Bréfritari: Jóhannes Sigurðsson
Dagsetning: A-1888-04-01
Skrifað á: Vesturheimi

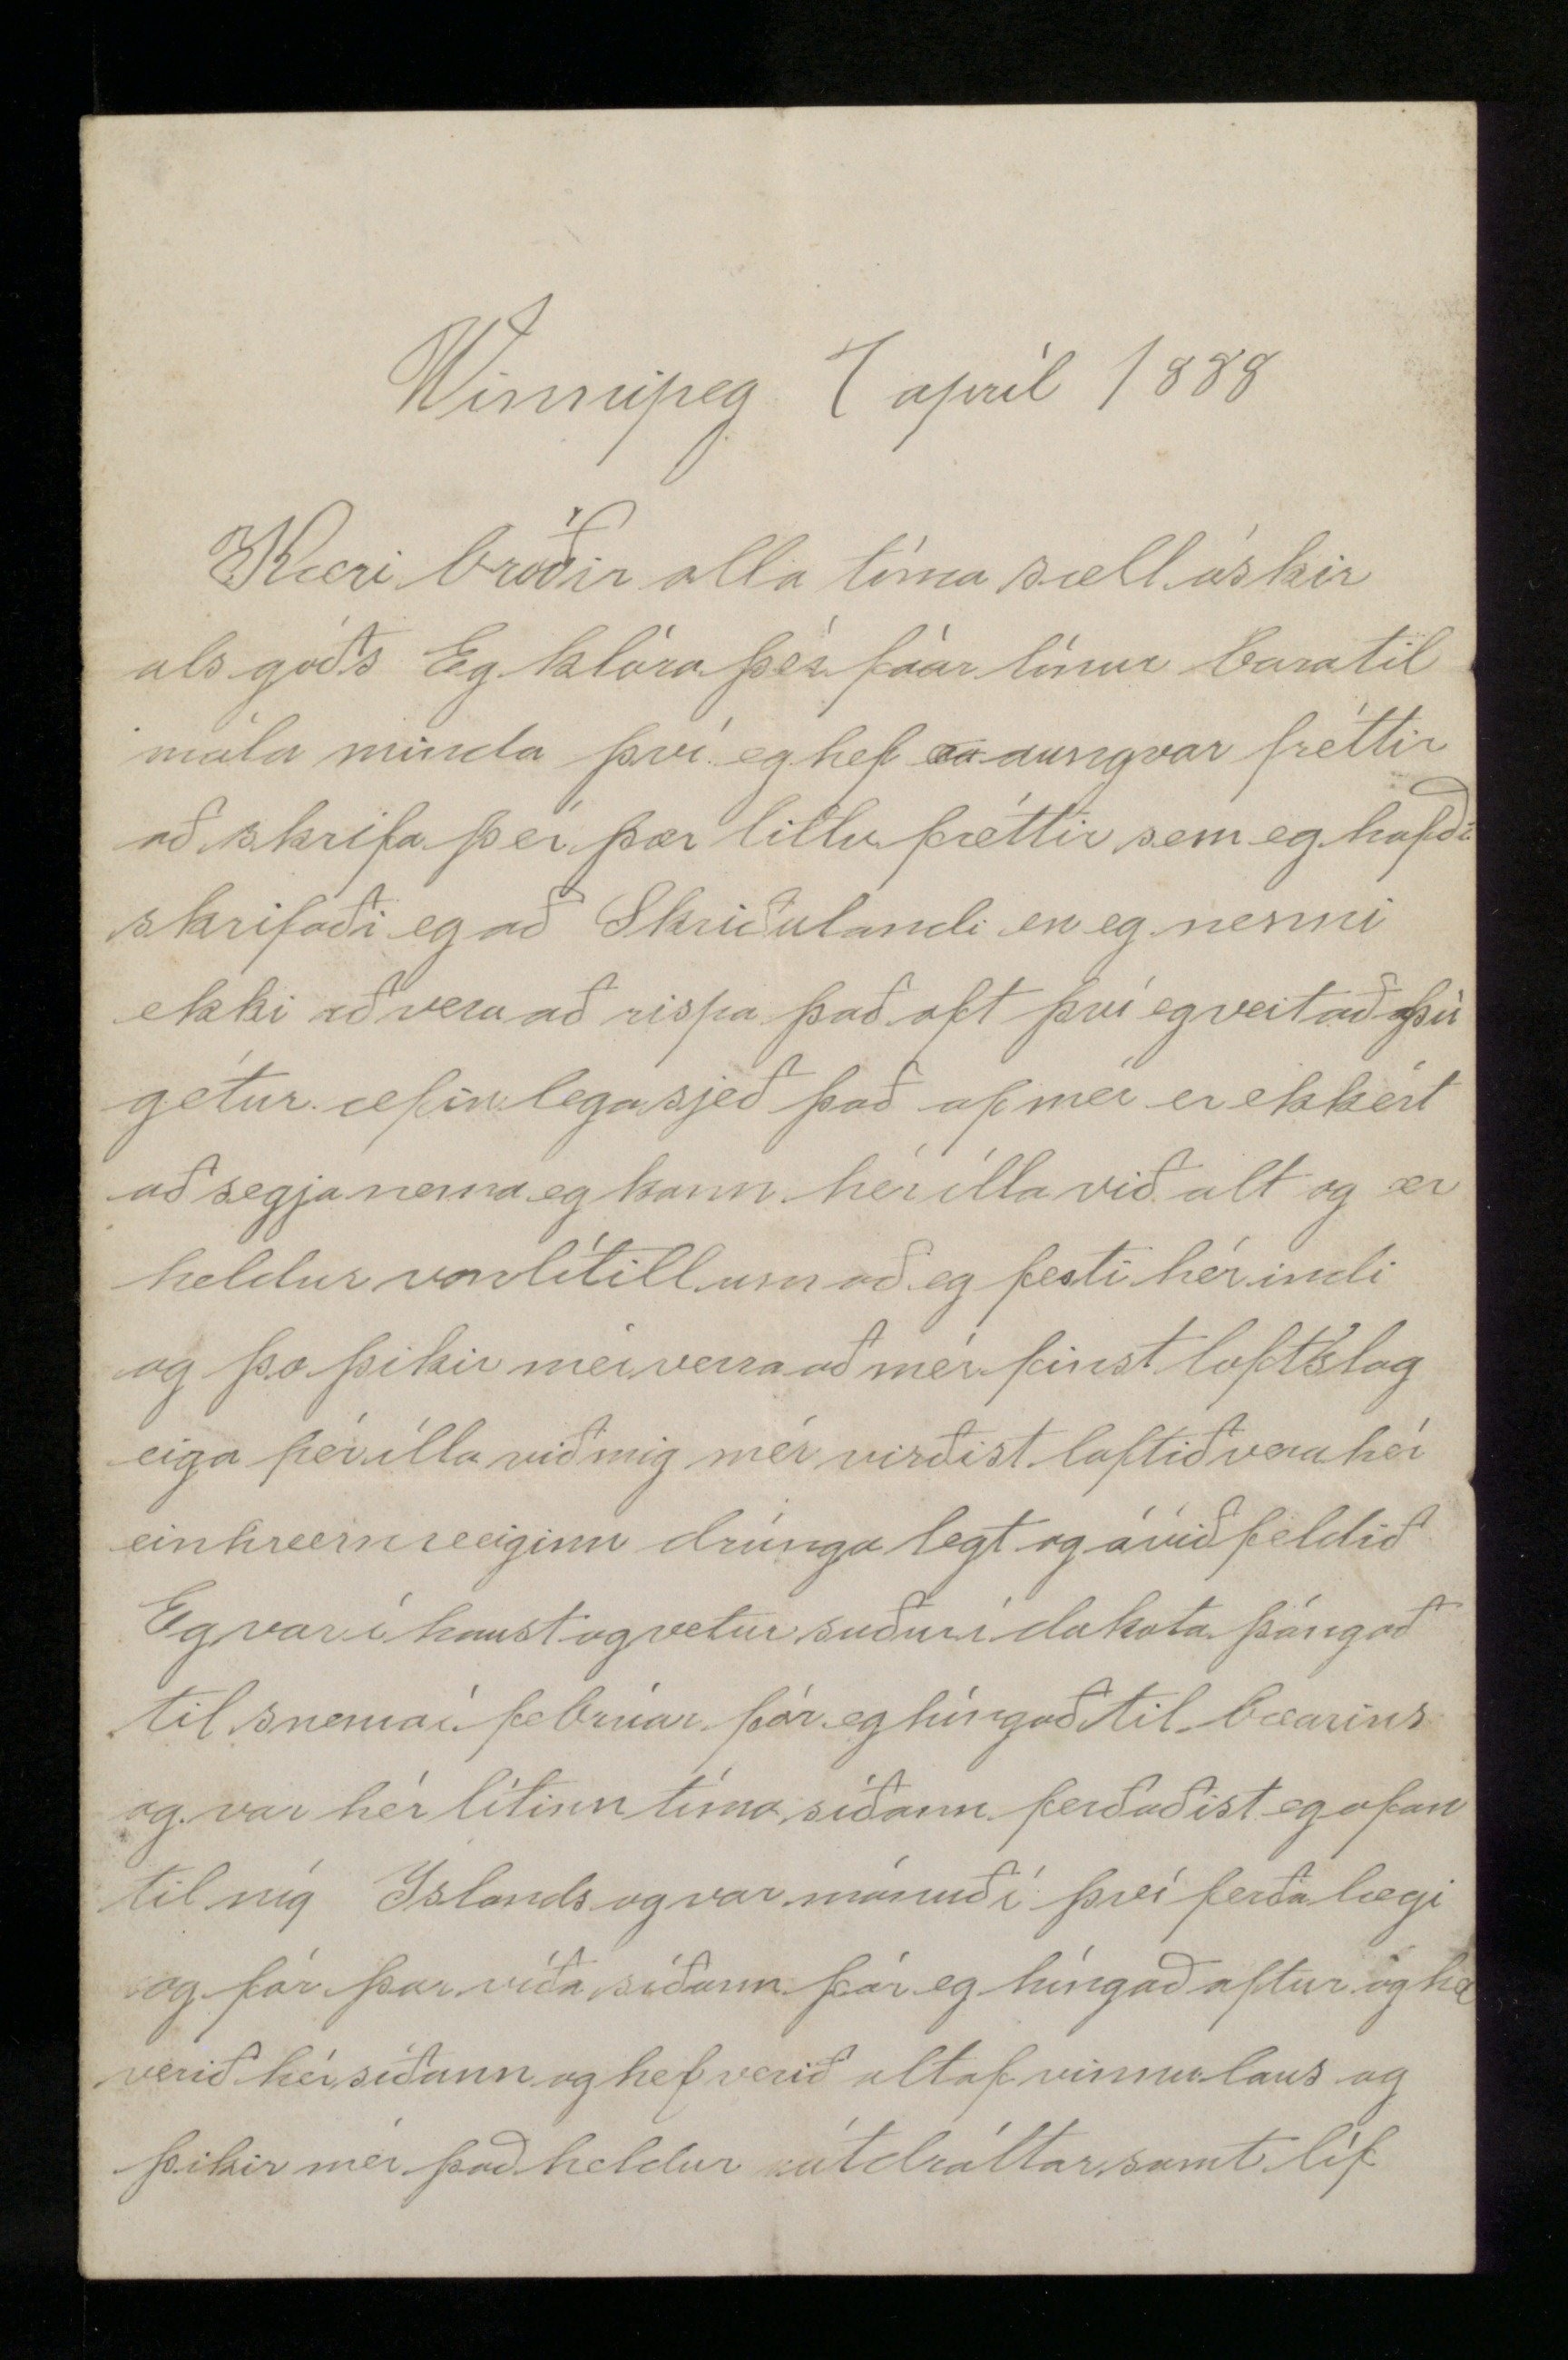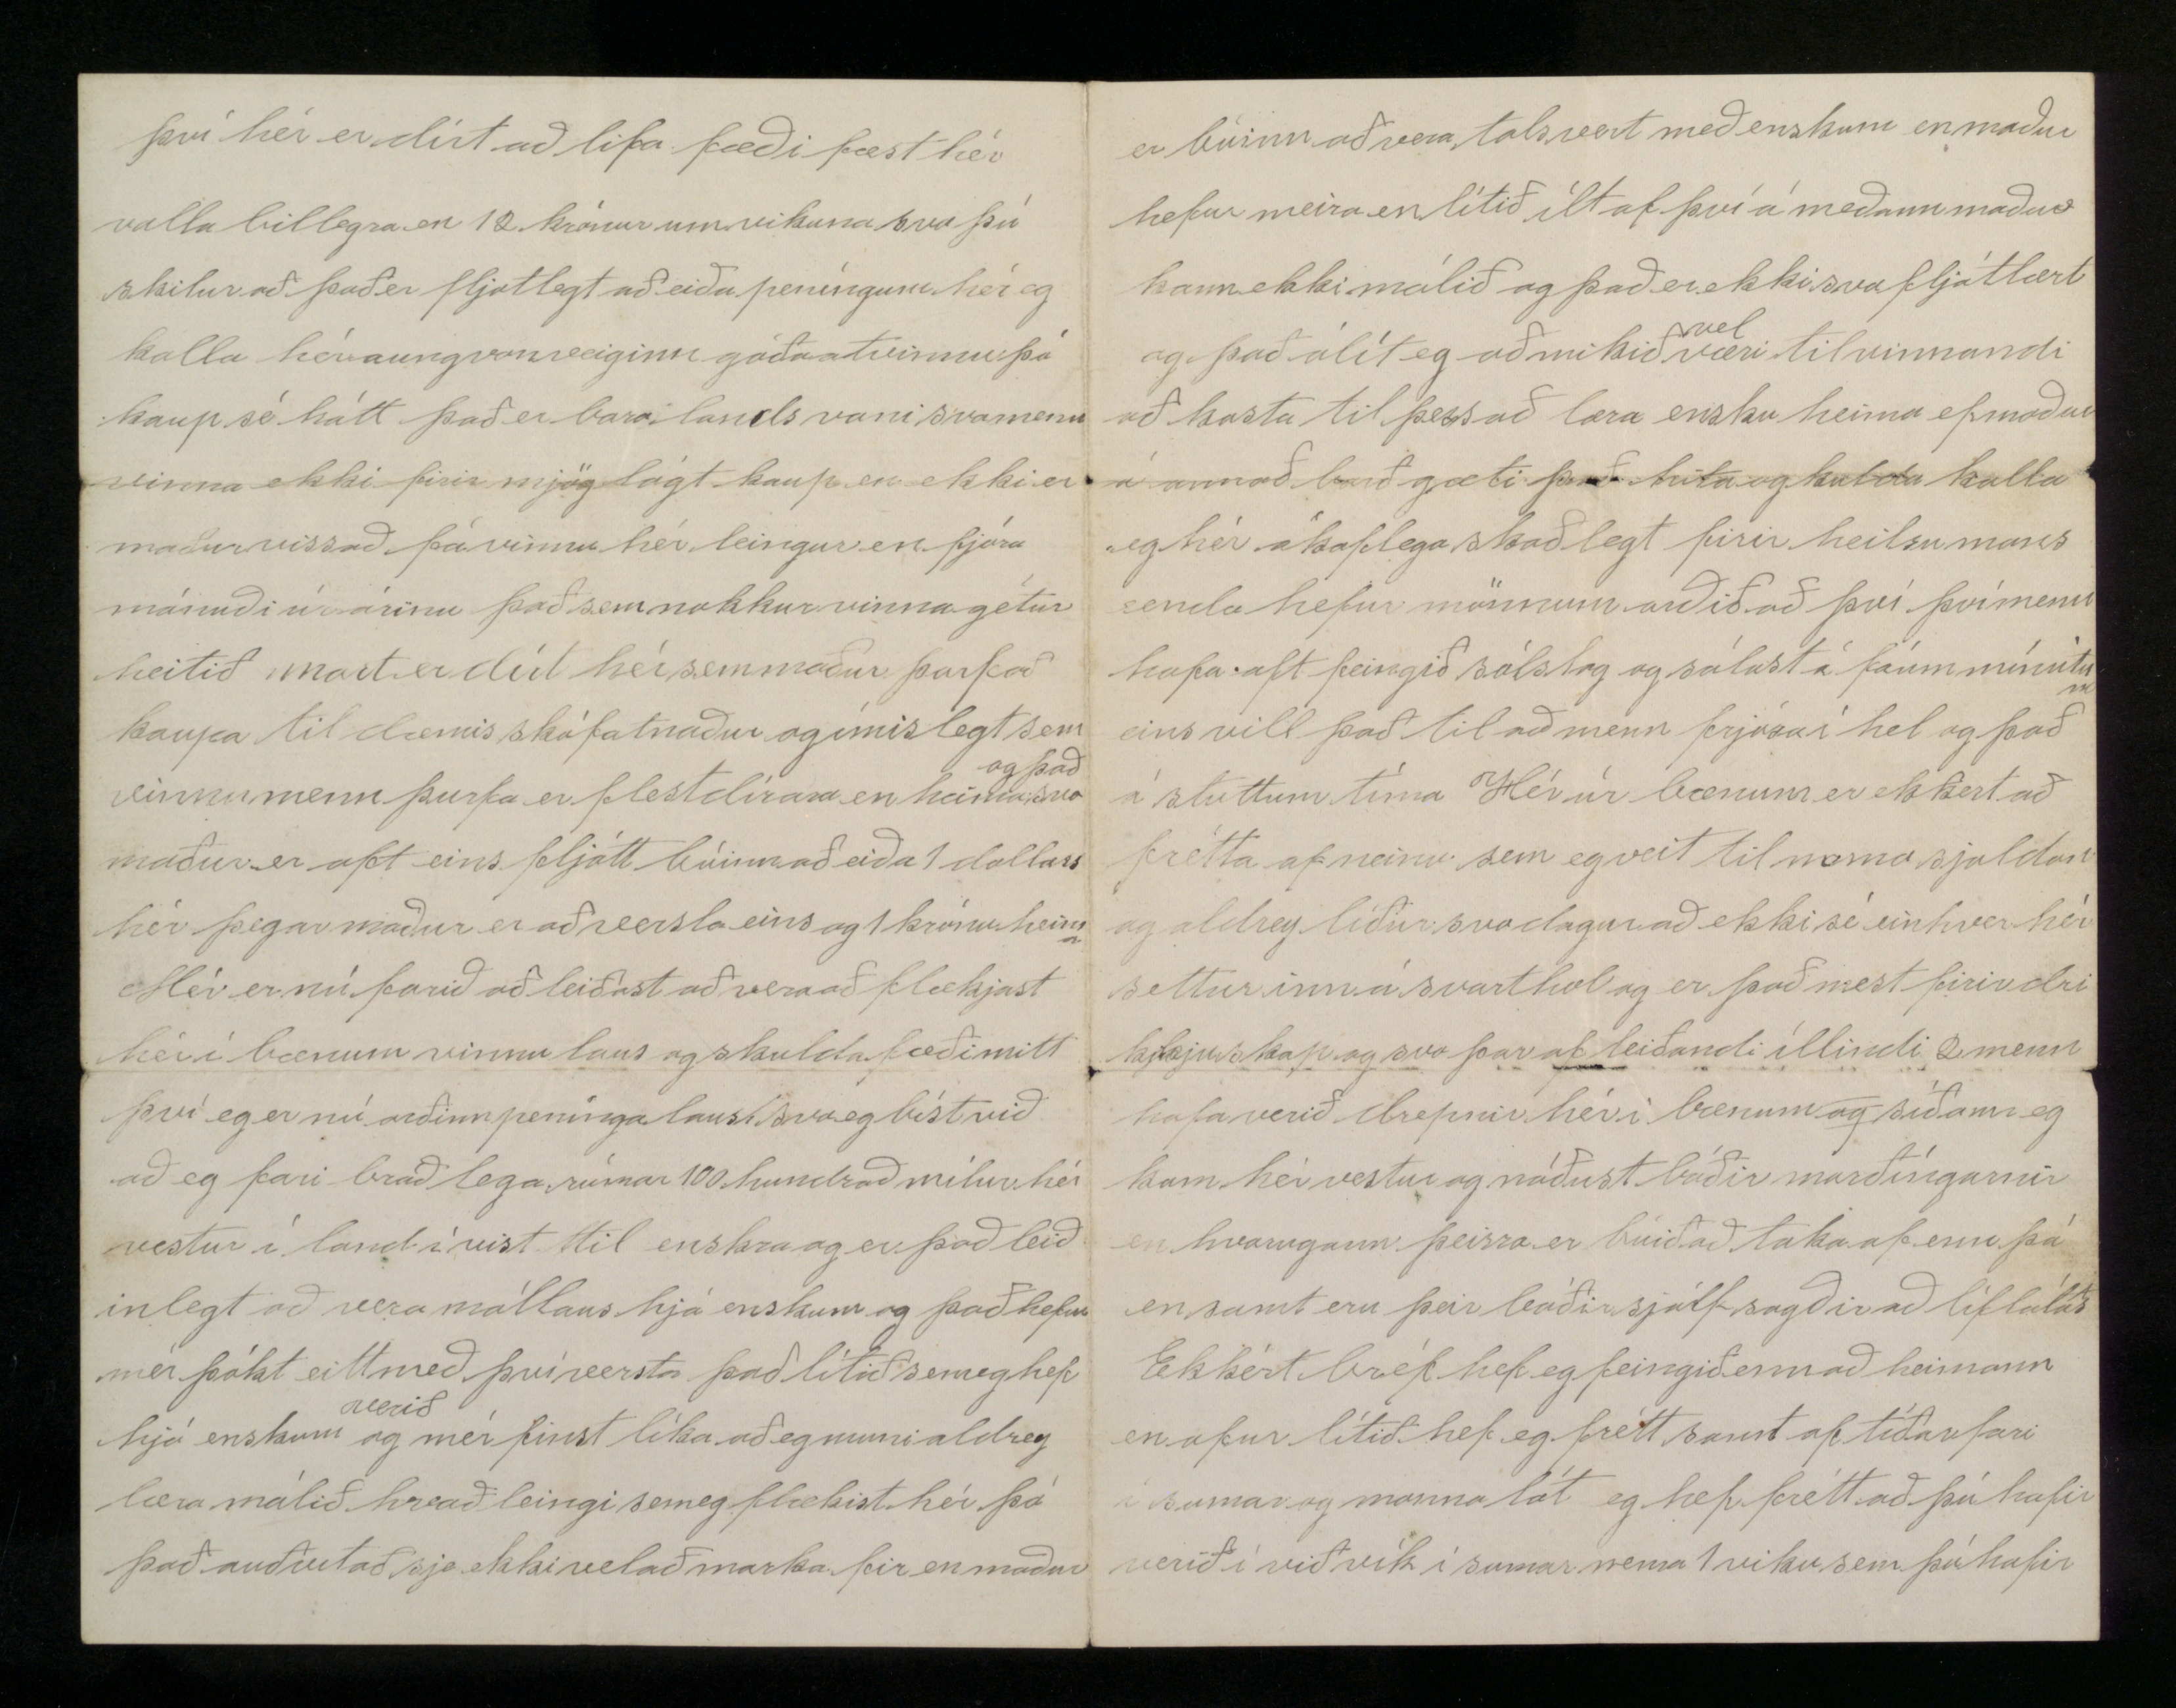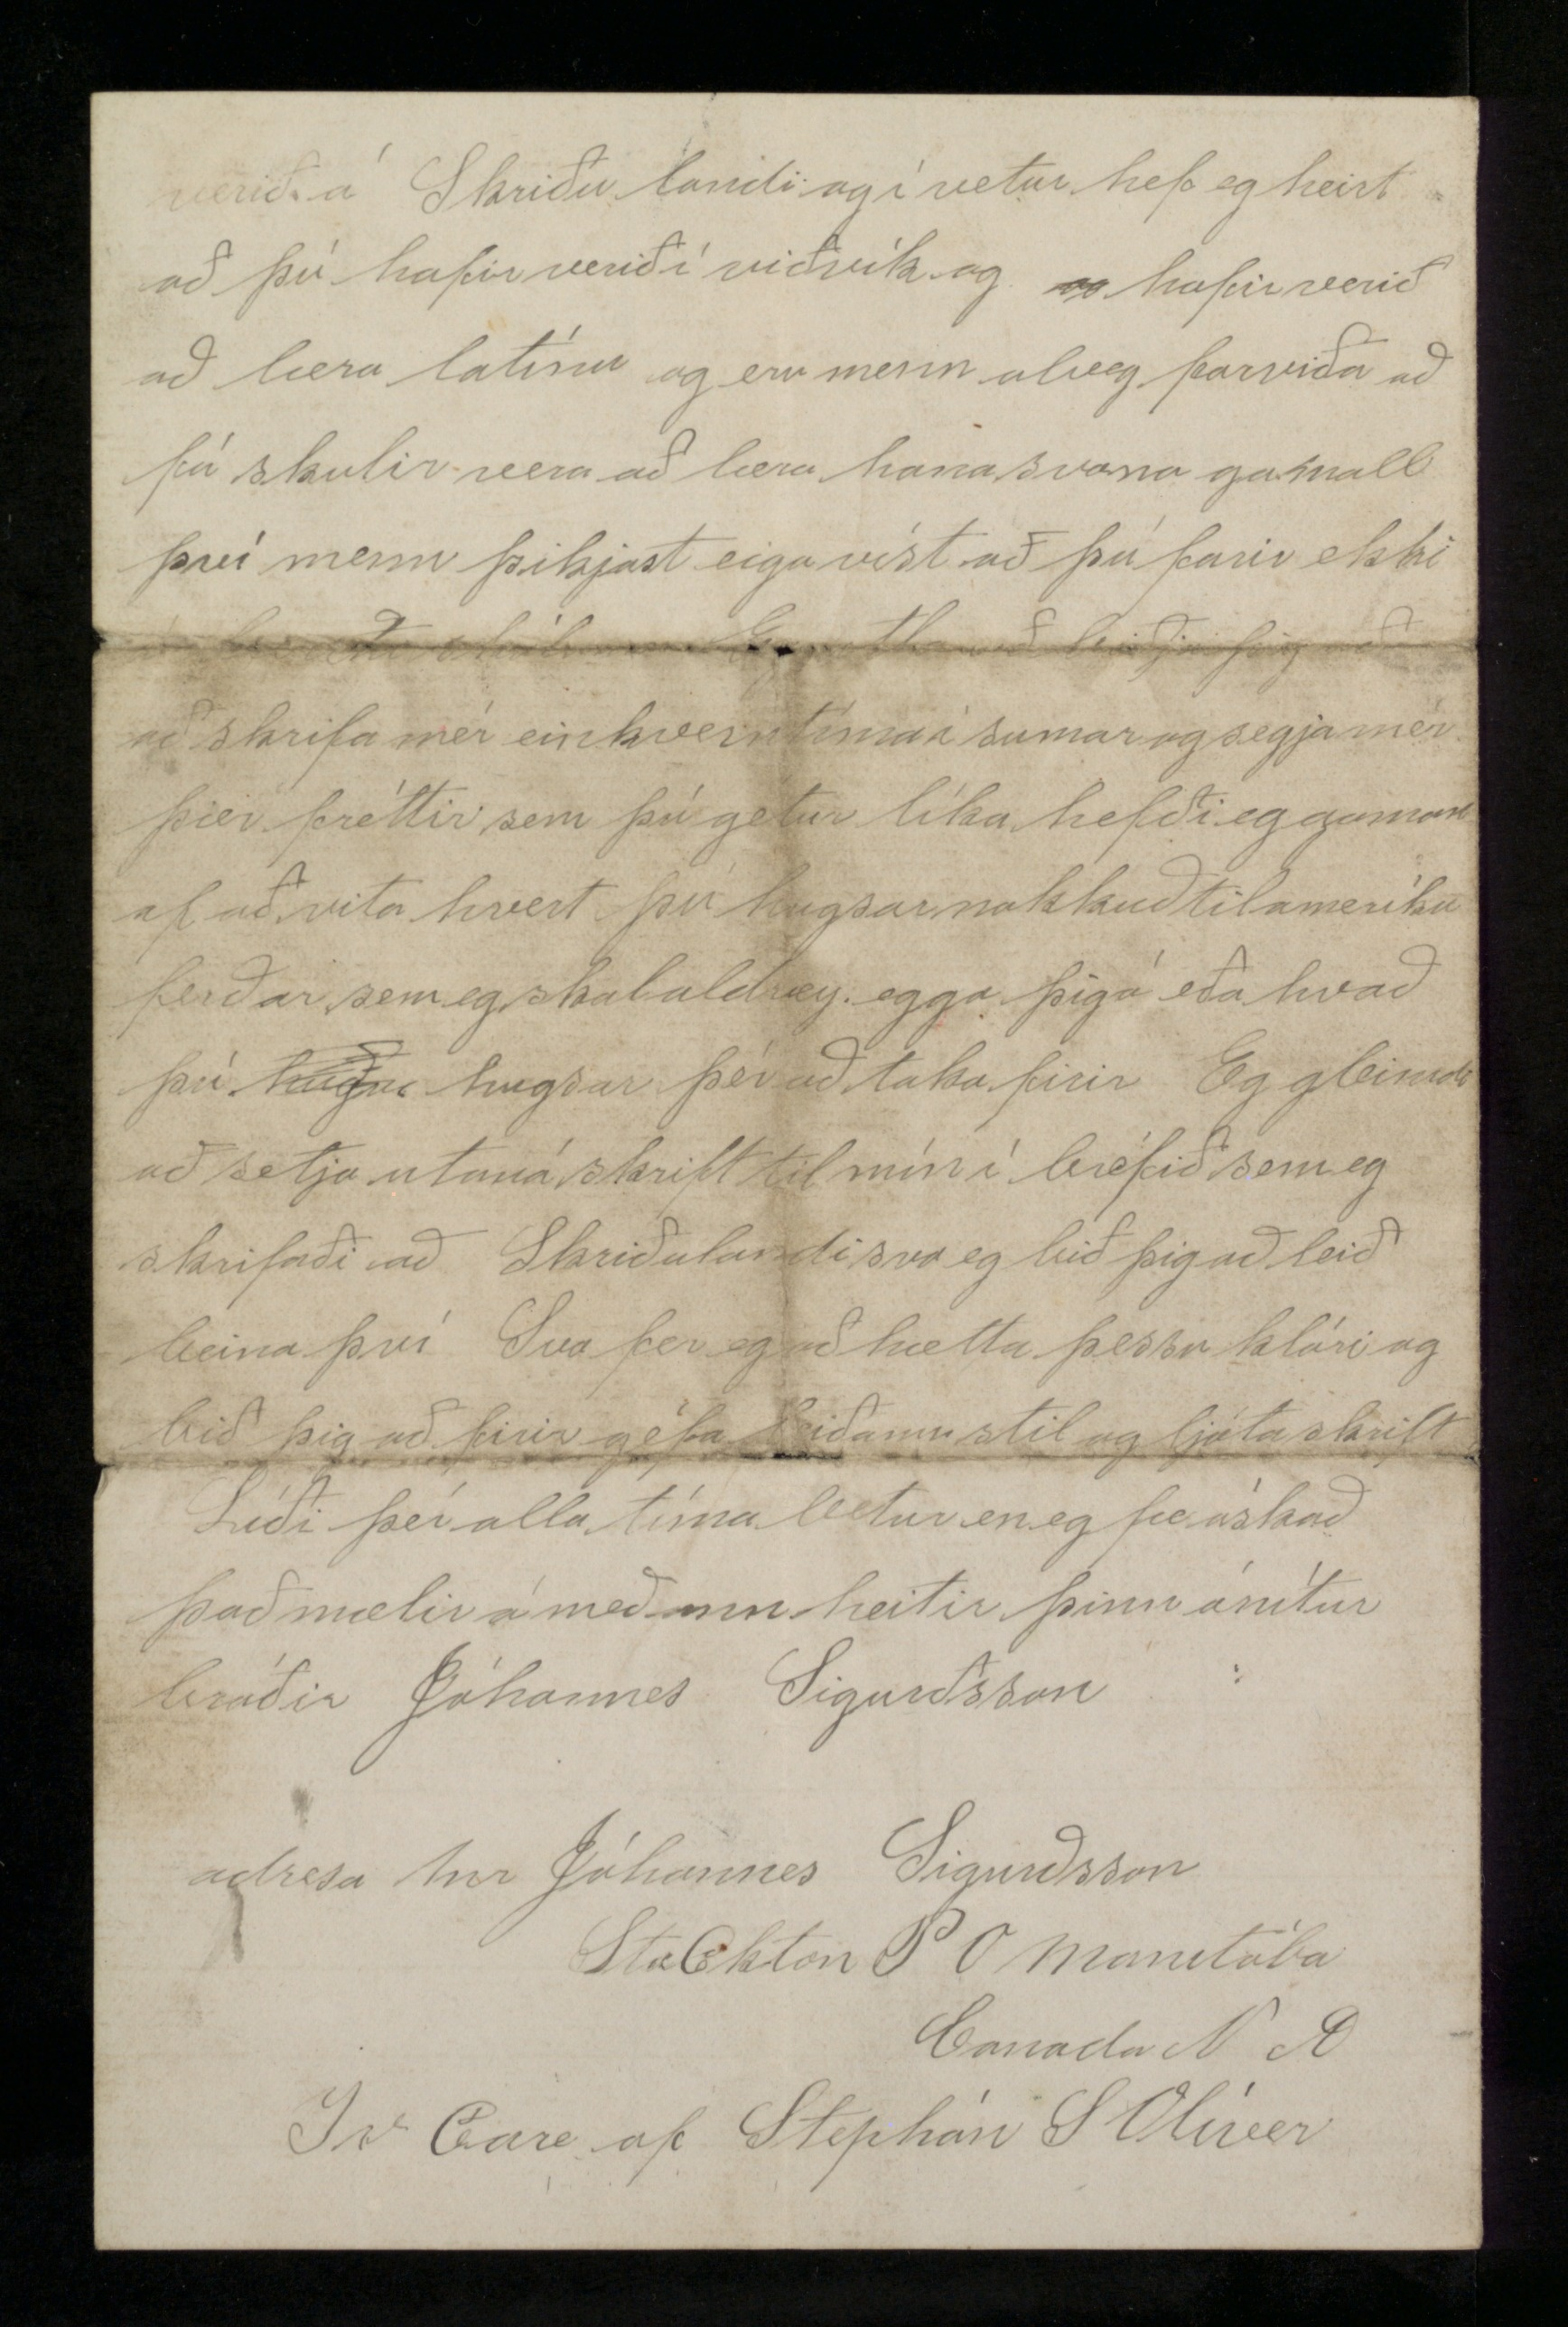

Winnipeg 1 aprík 1888
Kæri bróðir alla tíma sæll óskir alls góðs Eg klóra þér fáar línur bara til mála minda því eg hef
au
aungvar fréttir að skrifa þér þær litlu fréttir sem eg hafði skrifaði eg að Skriðulandi svo eg nenni ekki að vera að rispa það opt því eg veit að þú gétur æfinlega sjeð það af mér er ekkert að segja nema eg kann hér ílla við alt og er heldur vonlítill um að eg festi hér indi og þo þikir mér verra að mér finst loftslag eiga hér ílla við mig, mér virðist loftið vera hér einhvernveginn drúngalegt og óviðfeldið. Eg var í haust og vetur suður í dakota þángað til snema í febrúar fór eg híngað til bæarins og var hér lítinn tíma, síðann ferðaðist eg ofan til
nía
Íslands og var mánuð í því ferðalægi og fór þar víða síðann fór eg híngað aftur og hef verið hér síðann og hef verið altaf vinnulaus og þikir mér það heldur mótdráttarsamt líf
því hér er dírt að lifa fæði fæst hér valla billegra en 12 krónur um vikuna svo þú skilur að það er fljótlegt að eiða peníngum hér eg kalla hér aungvanveiginn góða atvinnu þó kaup sé hátt það er bara lands vani svo menn vinni ekki firir mjög lágt kaup en ekki er maður viss að fá vinnu hér leingur en fjóra mánuði úr árinu það sem nokkur vinna gétur heitið Mart er dírt hér sem maður þarf að kaupa til dæmis skófatnaður og ímislegt sem vinnumenn þurfa er flest dírara en heima
og það
svo maður er oft eins fljótt búinn að eiða 1 dollars hér þegar maður er að versla eins og 1 krónu heima
Mér er nú farið að leiðast að vera að flækjast hér í bænum vinnulaus og skulda fæði mitt því eg er nú orðinn peningalaus svo eg bíst við að eg fari bráðlega rúmar 100 hundrað mílur hér vestur í land í vist til enskra og er það leiðinlegt að vera mállaus hjá enskum og það hefur mér þókt eitt með því versta það lítið sem eg hef hjá enskum
verið
og mér finst líka að eg muni aldrey læra málið hvað leingi sem eg flækist hér þó það auðvitað sje ekki vel að marka fir en maður
er búinn að vera talsvert með enskum en maður hefur meira en lítið ílt af því á meðann maður kann ekki málið og það er ekki svo fljótlært og það álít eg að mikið
vel
væri til vinnandi að kosta til þess að læra ensku heima ef maður á annað borð gæti það hita og kulda kalla eg hér ákaflega skaðlegt firir heilsu mans enda hefur mönnum orðið að því því menn hafa oft feingið sólslag og sálast á fáum mínutum eins vill það til að menn frjósa í her og það á stuttum tíma Hér úr bænum er ekkert að frétta af neinu sem eg veit til nema sjaldan og aldrey líður svo dagur að ekki sé einhver hér settur inná svarthol og er það mest firir drikkjuskap og svo þar af leiðandi íllindi 2 menn hafa verið drepnir hér í bænum
og
síðann eg kom hér vestur og náðust báðir morðíngarnir en hvorugann þeirra er búið að taka af enn þá en samt eru þeir báðir sjálfsagðir að líflátast Ekkert bréf hef eg feingið enn að heimann en ofur lítið hef eg frétt samt af tíðarfari í sumar og manna lát eg hef frétt að þú hafir verið í viðvík í sumar nema 1 viku sem þú hafir
verið á Skriðu landi og í vetur hef eg heirt að þú hafir verið í viðvík og
00
hafir verið að læra latínu og eru menn alveg forviða að þú skulir vera að læra hana svona gamall því menn þikjast eiga víst að þú farir ekki í Lærða skólann Eg ætla að biðja þig að að skrifa mér einhjvern tíma í sumar og segja mér þær fréttir sem þú getur líka hefði eg gaman af að vita hvert þú hugsar nokkuð til ameríku ferðar sem eg skal aldrey egga þig í eða hvað þú
hugur
hugsar þér að taka firir Eg gleimdi að setja utaná skrift til mín í bréfið sem eg skrifaði að Skriðulandi svo eg bið þig að leiðbeina því Svo fer eg að hætta þessu klóri og bið þig að firir géfa leiðann stíl og ljóta skrift
Líði þér alla tíma betur en eg fæ óskað það mælir á meðann heitir þinn ónítur bróðir Jóhannes Sigurðsson
adresa: Mr Jóhannes Sigurðsson St.Claton P O Manitóba Canada NW
In Care of Stephán S Olíver